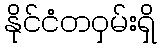
နိုင်ငံတဝှမ်းရှိ